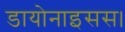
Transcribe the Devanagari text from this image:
डायोनाइसस।